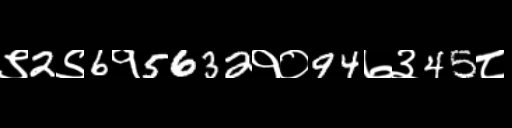
Text: ९2९6१5632१०94७३45८